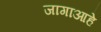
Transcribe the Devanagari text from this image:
जागाआहे